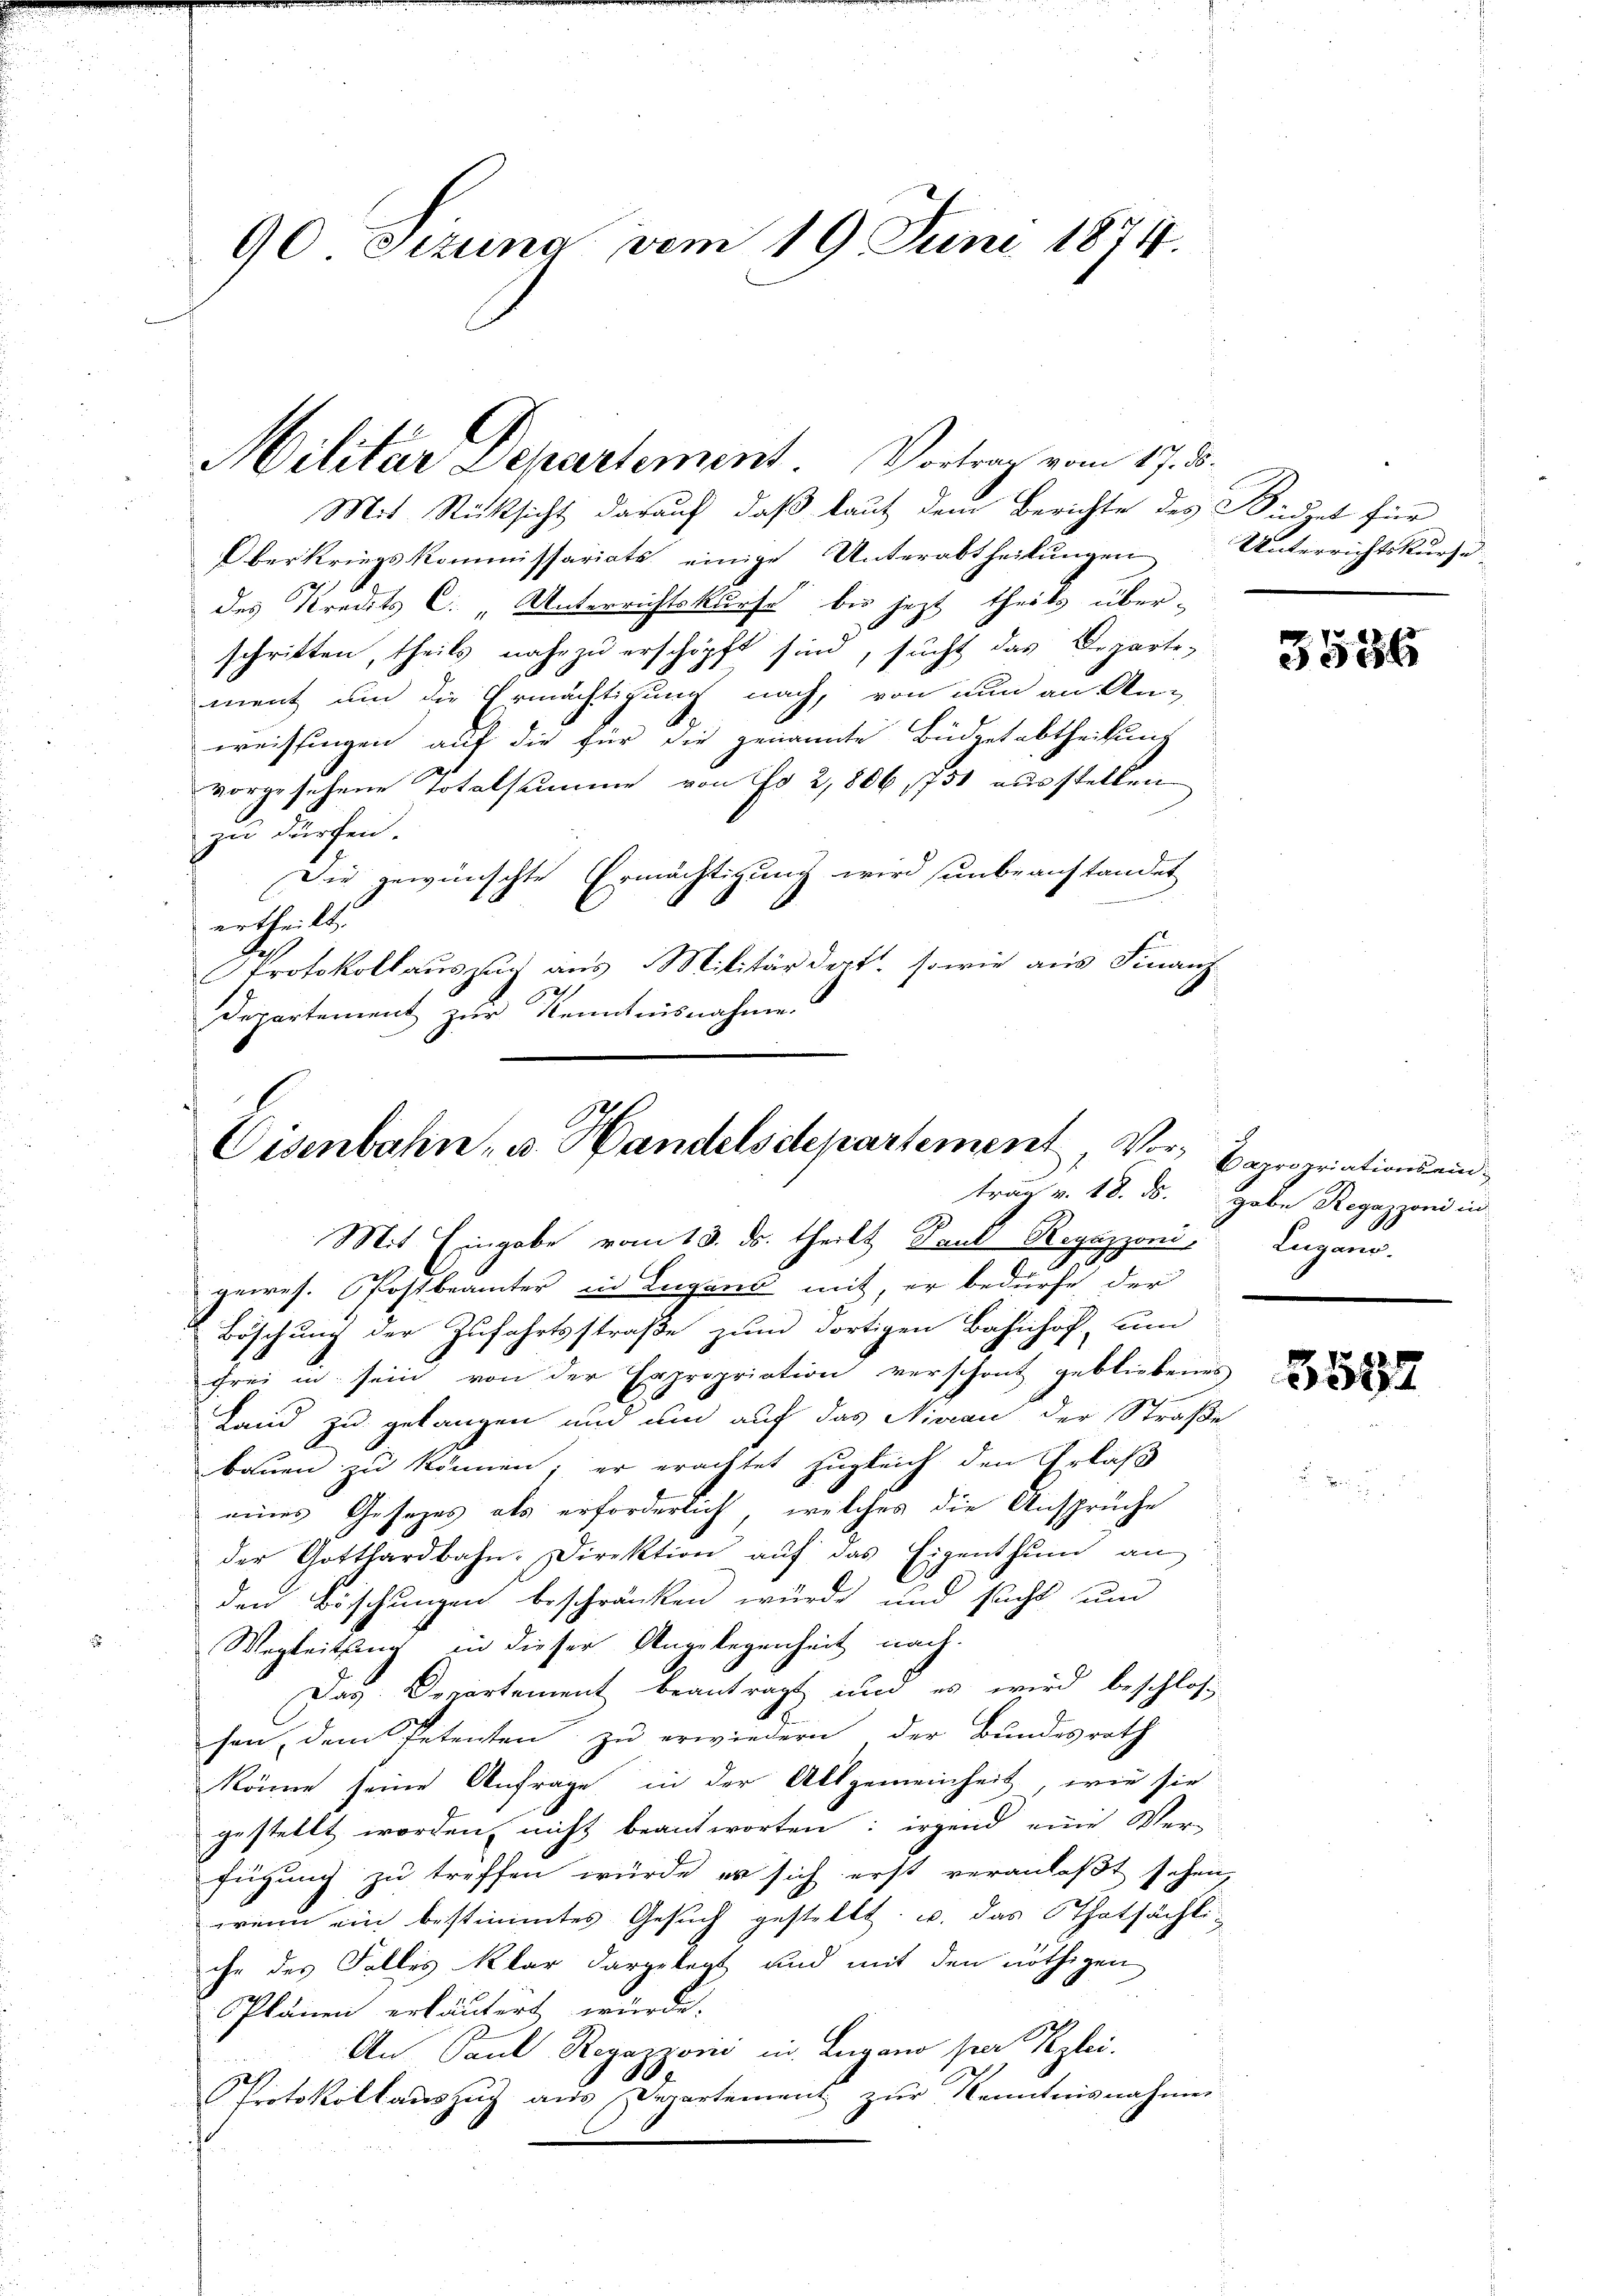
90 Sizung vom 19. Juni 1874.

Mit Rücksicht darauf, daß laut dem Berichte des Büdget für
Oberkriegskommissariats einige Unterabtheilungen
des Kredits C. Unterrichtskurse bis jezt theils über-
schritten, theils nahezu erschöpft sind, sucht das Departe-
ment und die Ermächtigung nach, von nun an An-
weissingen auf die für die genannte Büdgetabtheilung
vorgesehene Totalsumme von No 2,806, 751 ausstellen
zu dürfen.
Die gewünschte Ermächtigung wird unbeanstandet
ertheilt.
Protokollauszug aus Militärdert, sowie aus Finanz
Departement zur Kenntnisnahme.

Militar Departement. Vortrag vom 17. d.

Cisenbahn, u. Handelsdepartement, Vor¬

Unterrichtskurze

Mit Eingabe vom 13. ds. theilt Paul Regazzoni Lugano.
2
gewes. Postbeamter in Lugand mit, er bedürfe der
Böschung der Zufahrtsstraße zum dortigen Bahnhof un
frei in sein von der Erpropriation verschont gebliebenes
Land zu gelangen und und auf das Niveau der Straße
bauen zu können; er erachtet zugleich den Erlaß
eines Gesetzes als erforderlich, welches die Ansprüche
der Gotthardbahn-Direktion auf das Eigenthum an
den Böschungen beschränken würde und sicht und
Wegleitung in dieser Angelegenheit nach.
Das Departement beantragt und es wird beschloss
hen, dem Petenten zu erwiedern, der Bundesrath
könne seine Anfrage in der Allgemeinheit, wie sie
gestellt worden, nicht beantworten: irgend eine Ver-
fügung zu treffen würde er sich erst veranlaßt sehen,
wenn ein bestimmtes Gesuch gestellt, u. das Thatsächli
che des Falles klar dargelegt und mit den nöthigen
Plänen erläutert würde.
An Paul Regazzović in Lugano per Reglei
Protokollauszug aus Departement zur Kenntnisnahmen

3536

apropriations eintrag v. 18. ds. gabe Regazzoni in

3597